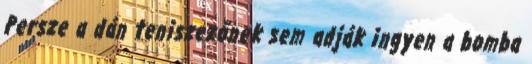
Persze a dán teniszezőnek sem adják ingyen a bomba